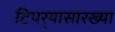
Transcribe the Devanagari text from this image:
टिपर्‍यासारख्या